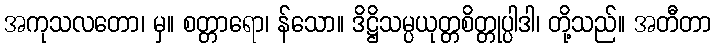
အကုသလတော၊ မှ။ စတ္တာရော၊ န်သော။ ဒိဋ္ဌိသမ္ပယုတ္တစိတ္တုပ္ပါဒါ၊ တို့သည်။ အတီတာ